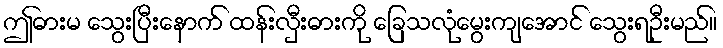
ဤဓားမ သွေးပြီးနောက် ထန်းလှီးဓားကို ခြေသလုံမွေးကျအောင် သွေးရဦးမည်။